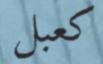
كعبل